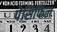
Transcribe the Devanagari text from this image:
पेसिफिल